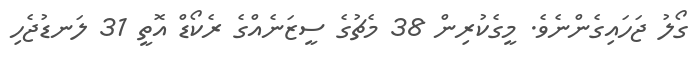
ގޯލު ޖަހައިގެންނެވެ. މީގެކުރިން 38 މެޗުގެ ސީޒަނެއްގެ ރެކޯޑް އޮތީ 31 ލަނޑުޖެހި